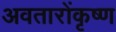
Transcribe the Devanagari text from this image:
अवतारोंकृष्ण